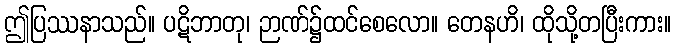
ဤပြဿနာသည်။ ပဋိဘာတု၊ ဉာဏ်၌ထင်စေလော။ တေနဟိ၊ ထိုသို့တပြီးကား။